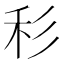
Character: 𥝞